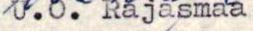
U.O. Rajasmaa